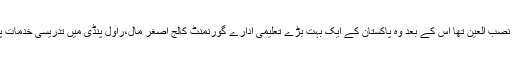
اعلیٰ تعلیم ان کا نصب العین تھا اس کے بعد وہ پاکستان کے ایک بہت بڑے تعلیمی ادارے گورنمنٹ کالج اصغر مال،راول پنڈی میں تدریسی خدمات پر مامور ہوئے۔